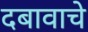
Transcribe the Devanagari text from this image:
दबावाचे